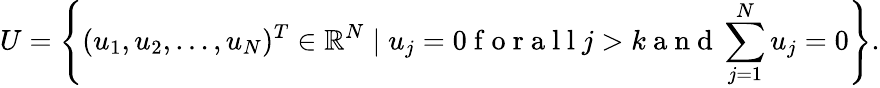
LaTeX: U=\left\{ (u_{1},u_{2},\ldots,u_{N})^{T}\in\mathbb{R}^{N}\mid u_{j}=0\mathrm{~f~o~r~a~l~l~}j>k\mathrm{~a~n~d~}\sum_{j=1}^{N}u_{j}=0\right\} .